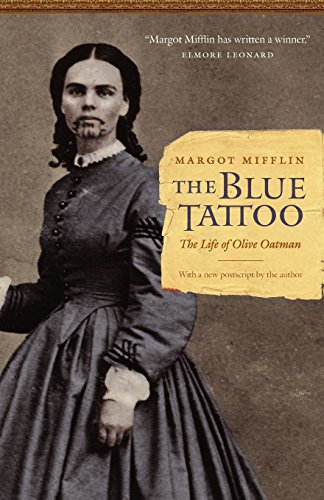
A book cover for The Blue Tattoo: The Life of Olive Oatman (Women in the West); Margot Mifflin; History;